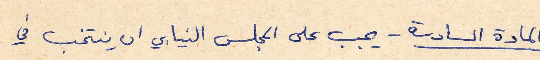
المادة السادسة - يجب على المجلس النيابي ان ينتخب في